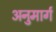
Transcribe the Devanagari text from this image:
अनुमार्ग